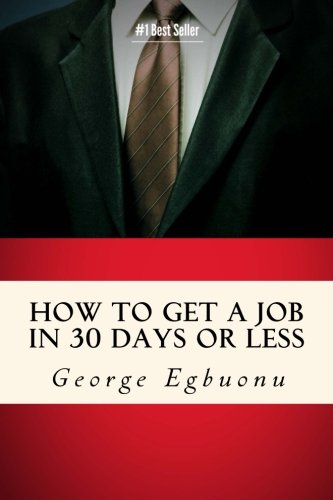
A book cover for How To Get A Job In 30 Days Or Less: Discover Insider Hiring Secrets On Applying & Interviewing For Any Job And Job Getting Tips & Strategies To Find The Job You Desire; George; Business & Money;